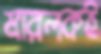
মারলকই